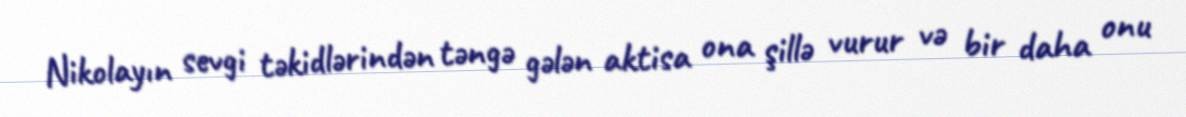
Nikolayın sevgi təkidlərindən təngə gələn aktisa ona şillə vurur və bir daha onu